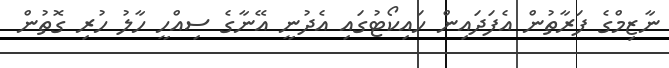
ނާޒިމްގެ ފަރާތުން އެފަދައިން ހައިކޯޓުގައި އެދުނީ އޭނާގެ ސިއްހީ ހާލު ހުރި ގޮތުން